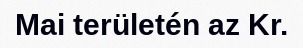
Mai területén az Kr.